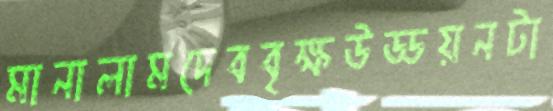
মানালামদেববৃক্ষউড্ডয়নটা